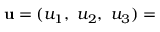
\mathbf { u } = ( u _ { 1 } , \ u _ { 2 } , \ u _ { 3 } ) =